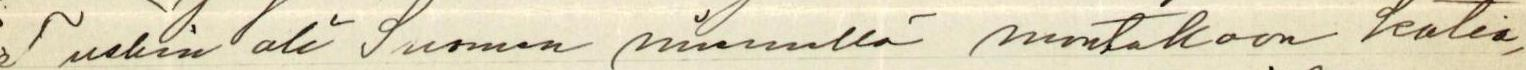
Tuskin oli Suomen niemellä montakaan kotia,